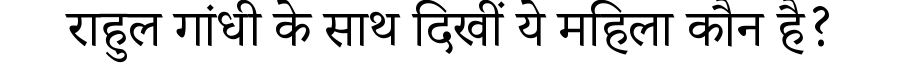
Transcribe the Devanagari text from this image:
राहुल गांधी के साथ दिखीं ये महिला कौन है?